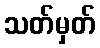
သတ်မှတ်